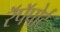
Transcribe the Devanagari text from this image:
रॅपॅपोर्ट